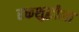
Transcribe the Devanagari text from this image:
रक्तशुद्धीला